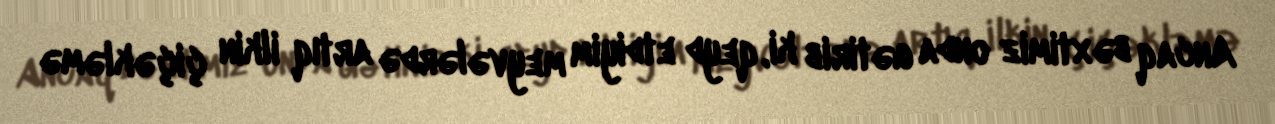
Ancaq bəxtimiz onda gətirib ki, qeyd etdiyim meyvələrdə artıq ilkin çiçəkləmə